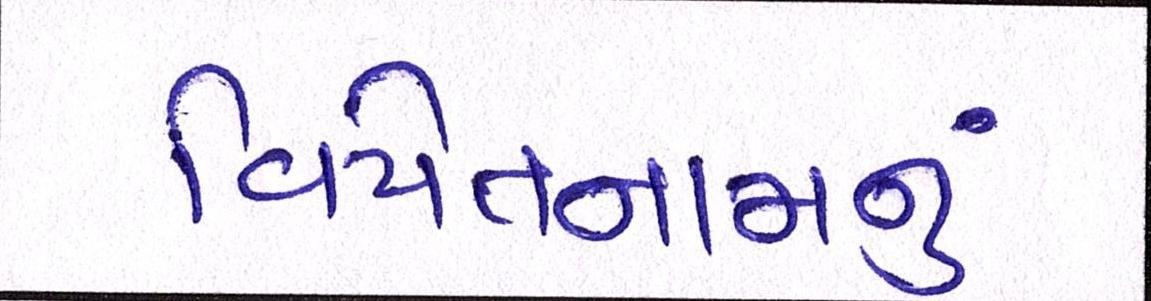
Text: વિયેતનામનું